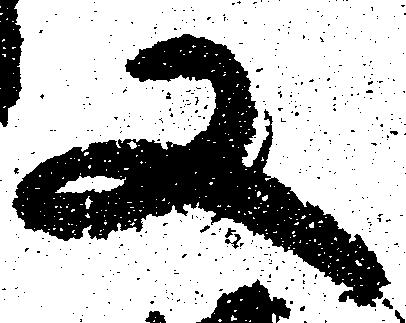
又